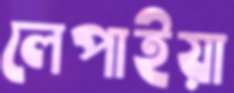
লেপাইয়া